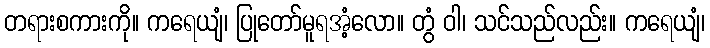
တရားစကားကို။ ကရေယျံ၊ ပြုတော်မူရအံ့လော။ တွံ ဝါ၊ သင်သည်လည်း။ ကရေယျံ၊